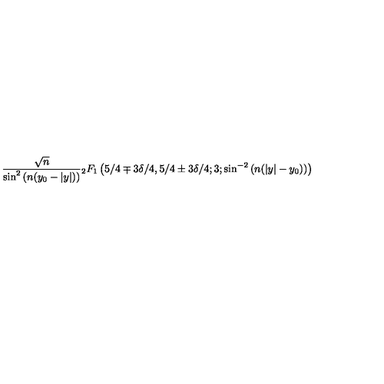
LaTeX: \frac { \sqrt { n } } { \sin ^ { 2 } \left( n ( y _ { 0 } - | y | ) \right) } { } _ { 2 } F _ { 1 } \left( 5 / 4 \mp 3 \delta / 4 , 5 / 4 \pm 3 \delta / 4 ; 3 ; \sin ^ { - 2 } \left( n ( | y | - y _ { 0 } ) \right) \right)